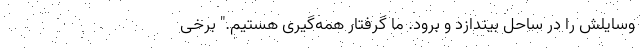
وسایلش را در ساحل بیندازد و برود. ما گرفتار همه‌گیری هستیم." برخی